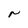
Character: r